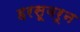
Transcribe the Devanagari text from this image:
हरसूवरून